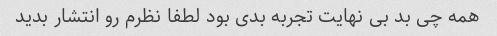
همه چی بد بی نهایت تجربه بدی بود لطفا نظرم رو انتشار بدید